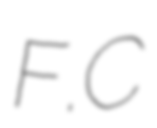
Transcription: F.C